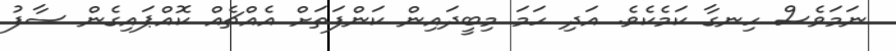
ނަމަވެސް ހިނގާ ކަމެކެވެ. އަދި ހަމަ މިބީދައިން ކަންފަތަށް އެއްޗެއް ކޮއްޕައިގެން ސާފު